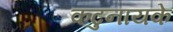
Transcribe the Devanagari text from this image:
कटुनायके